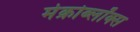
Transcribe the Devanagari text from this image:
मेक्रोब्लॉक्स